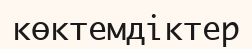
көктемдіктер